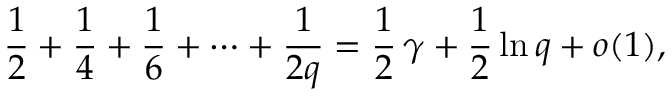
{ \frac { 1 } { 2 } } + { \frac { 1 } { 4 } } + { \frac { 1 } { 6 } } + \cdots + { \frac { 1 } { 2 q } } = { \frac { 1 } { 2 } } \, \gamma + { \frac { 1 } { 2 } } \ln q + o ( 1 ) ,